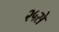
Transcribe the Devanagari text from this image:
२५से